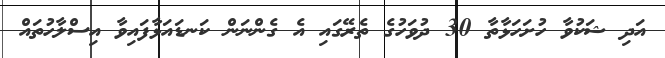
އަދި ޝަކުވާ ހުށަހަޅާތާ 30 ދުވަހުގެ ތެރޭގައި އެ ގެންނަން ކަނޑައަޅާފައިވާ އިސްލާހުތައް